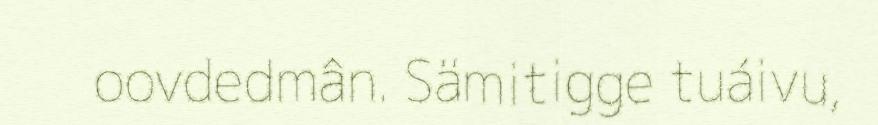
oovdedmân. Sämitigge tuáivu,